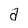
Character: a